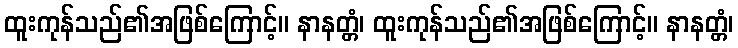
ထူးကုန်သည်၏အဖြစ်ကြောင့်။ နာနတ္တံ၊ ထူးကုန်သည်၏အဖြစ်ကြောင့်။ နာနတ္တံ၊